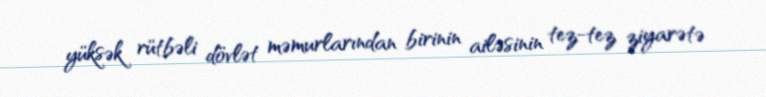
yüksək rütbəli dövlət məmurlarından birinin ailəsinin tez-tez ziyarətə